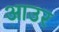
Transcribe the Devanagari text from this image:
आउर